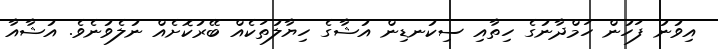
އިވުނު ފަހުން ހަމްދާނުގެ ހިތާއި ސިކުނޑިން އުޝާގެ ހިޔާލުތަކެއް ބޭރުކޮށެއް ނުލެވުނެވެ. އުޝާއާ